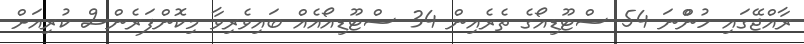
ރާއްޖޭގައި ހުންްްނަ 54 ސްޓޫޑިއޯގެ ތެރެއިން 34 ސްޓޫޑިއޯއެއް ބައިވެރިވާ މިކޮންފަރެންސް ކުރިއަށް